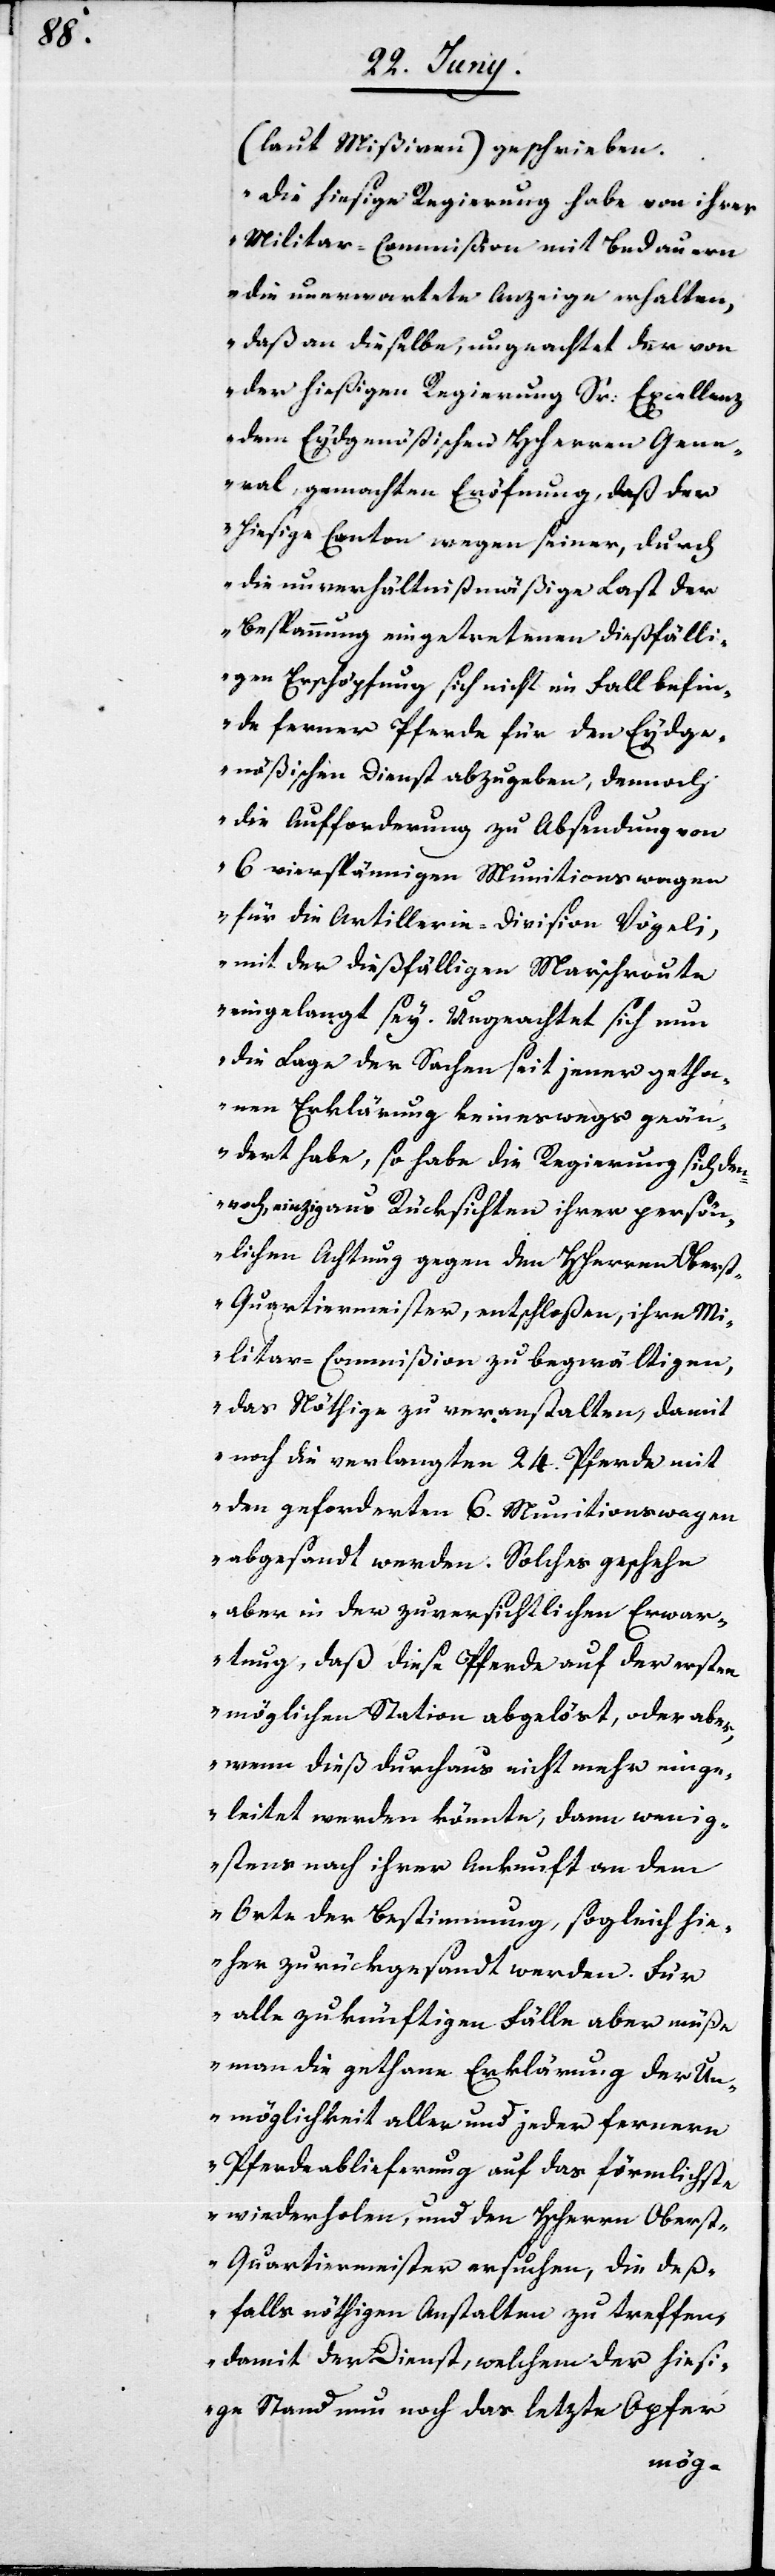
24.

(laut Mißiven) geschrieben.
„Die hiesige Regierung habe von ihrer
Militar-Commißion mit Bedauern
die unerwartete Anzeige erhalten,
daß an dieselbe, ungeachtet der von
der hiesigen Regierung Sr: Excellenz
dem Eydgenößischen Herren Gene¬
ral, gemachten Eröfnung, daß der
hiesige Canton wegen seiner, durch
die unverhältnißmäßige Last der
Bespannung eingetretenen dießfälli¬
gen Erschöpfung sich nicht im Fall befin¬
de, ferner Pferde für den Eydge¬
nößischen Dienst abzugeben, dennoch
die Aufforderung zu Absendung von
6 vierspännigen Munitionswagen
für die Artillerie-Division Vögeli,
mit der dießfälligen Marschroute
eingelangt sey. Ungeachtet sich nun
die Lage der Sachen seit jener getha¬
nen Erklärung keineswegs geän¬
dert habe, so habe die Regierung sich den¬
noch, einzig aus Rücksichten ihrer persön¬
lichen Achtung gegen den Herrn Obers¬
t-Quartiermeister, entschloßen, ihre Mi¬
litar-Commißion zu begwältigen,
das Nöthige zu veranstalten, damit
den geforderten 6. Munitionswagen
abgesandt werden. Solches geschehe
aber in der zuversichtlichen Erwar¬
tung, daß diese Pferde auf der ersten
möglichen Station abgelöst, oder aber
wenn dieß durchaus nicht mehr einge¬
leitet werden könnte, dann wenig¬
stens nach ihrer Ankunft an dem
Orte der Bestimmung, sogleich hie¬
her zurückgesandt werden. Für
alle zukünftigen Fälle aber möchte
man die gethane Erklärung der Un¬
möglichkeit aller und jeder ferneren
Pferdeablieferung auf das förmlichste
wiederholen, und den Herrn Obers¬
t-Quartiermeister ansuchen, die deß¬
falls nöthigen Anstalten zu treffen,
damit der Dienst, welchem der hiesi¬
ge Stand nun noch das letzte Opfer